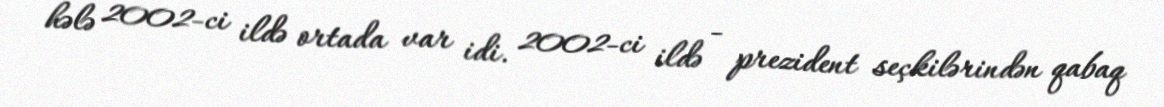
hələ 2002-ci ildə ortada var idi. 2002-ci ildə - prezident seçkilərindən qabaq